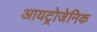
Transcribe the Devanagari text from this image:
आयट्रोजेनिक